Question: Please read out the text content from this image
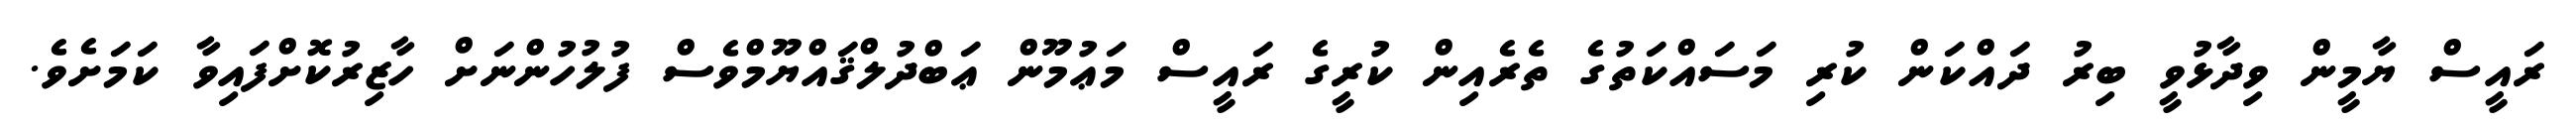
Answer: ރައީސް ޔާމީން ވިދާޅުވީ ބިރު ދައްކަން ކުރި މަސައްކަތުގެ ތެރެއިން ކުރީގެ ރައީސް މަޢުމޫން ޢަބްދުލްޤައްޔޫމްވެސް ފުލުހުންނަށް ހާޒިރުކޮށްފައިވާ ކަމަށެވެ.